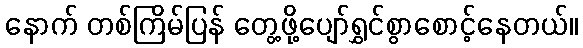
နောက် တစ်ကြိမ်ပြန် တွေ့ဖို့ပျော်ရွှင်စွာစောင့်နေတယ်။